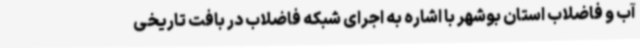
آب و فاضلاب استان بوشهر با اشاره به اجرای شبکه فاضلاب در بافت تاریخی